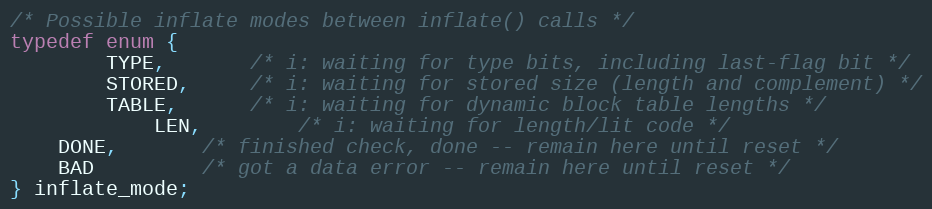
Language: C
/* Possible inflate modes between inflate() calls */
typedef enum {
        TYPE,       /* i: waiting for type bits, including last-flag bit */
        STORED,     /* i: waiting for stored size (length and complement) */
        TABLE,      /* i: waiting for dynamic block table lengths */
            LEN,        /* i: waiting for length/lit code */
    DONE,       /* finished check, done -- remain here until reset */
    BAD         /* got a data error -- remain here until reset */
} inflate_mode;